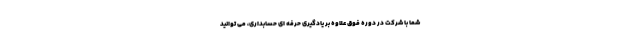
شما با شرکت در دوره فوق علاوه بر یادگیری حرفه ای حسابداری، می توانید